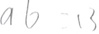
a b - 1 3